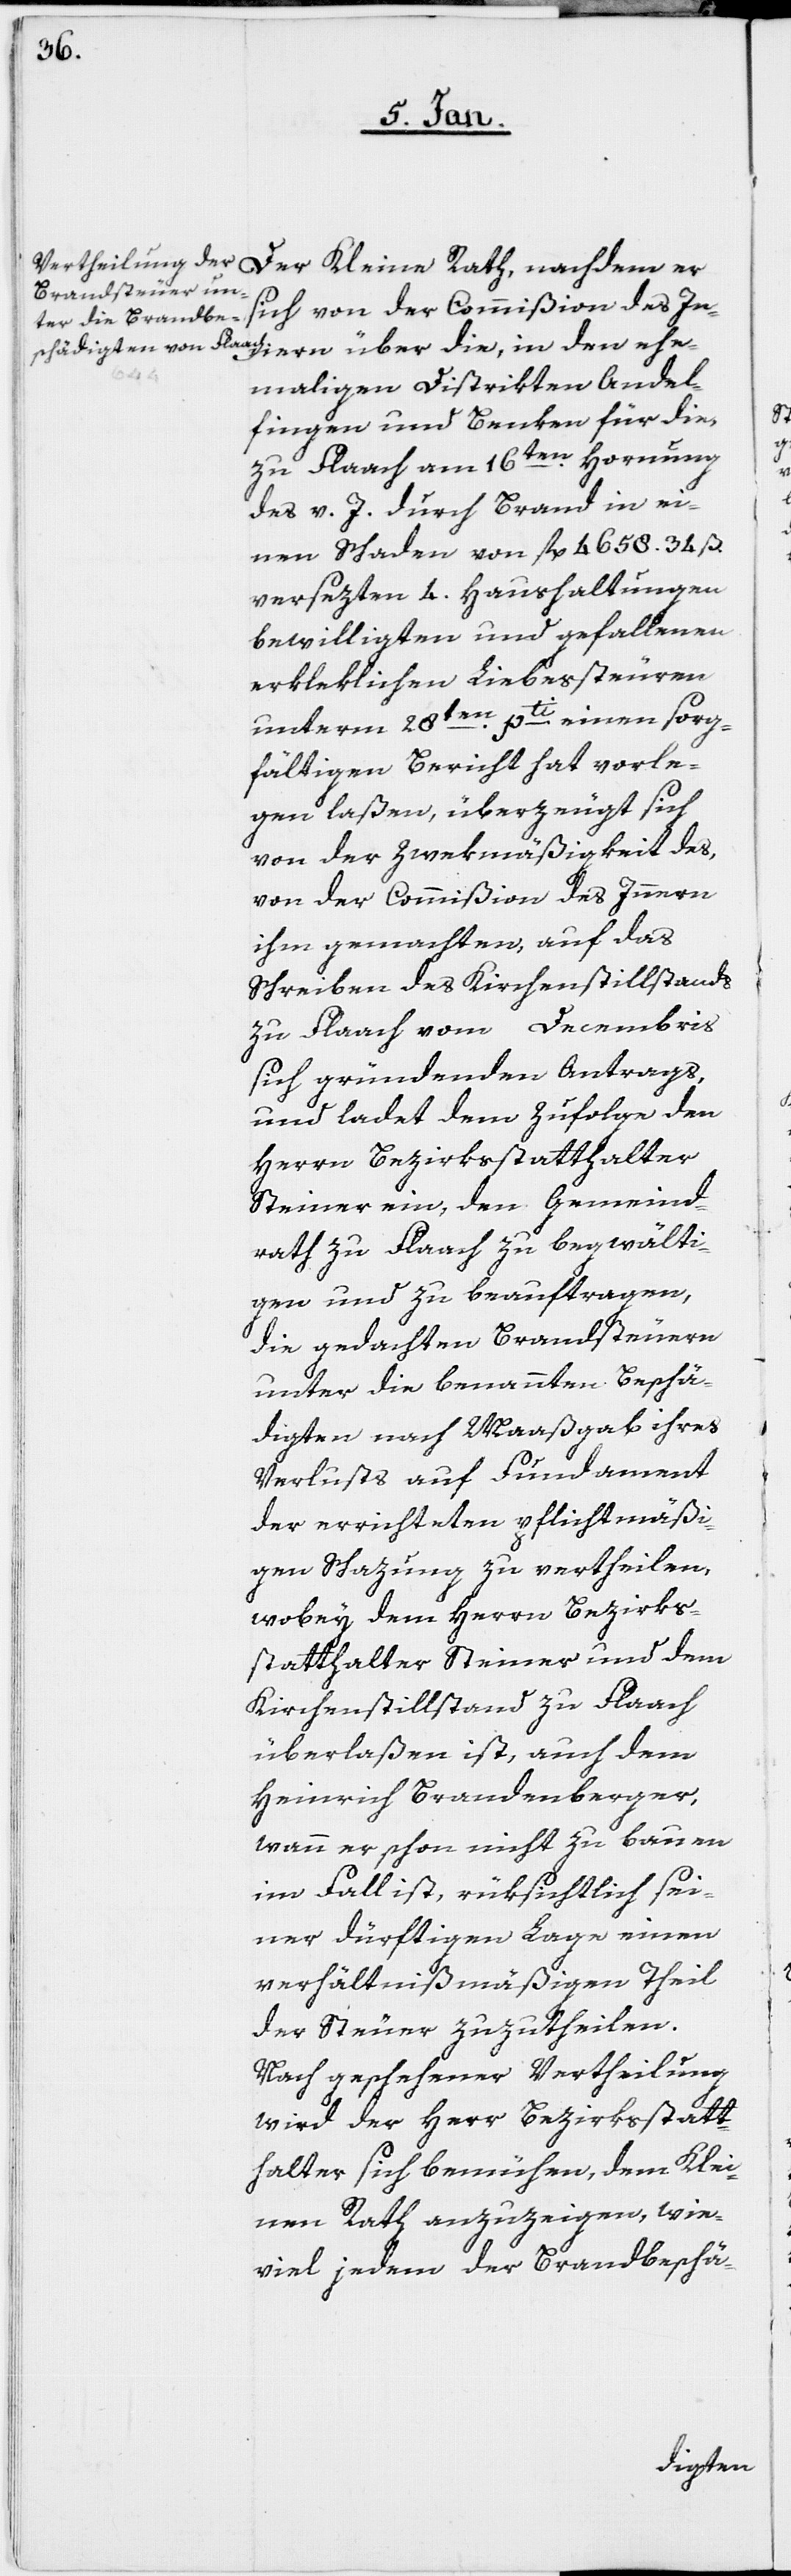
den ehe¬
maligen Distrikten Andel¬
fingen und Benken für die,
zu Flaach am 16ten. Hornung
des v. J. durch Brand in ei¬
nen Schaden von fl. 4658. 34 ß.
versezten 4. Haushaltungen
bewilligten und gefallenen
erkleklichen Liebessteuren
unterm 28sten pti. einen sorg¬
fältigen Bericht hat vorle¬
gen laßen, überzeugt sich
von der Zwekmäßigkeit des,
von der Commißion des Innern
ihm gemachten, auf das
Schreiben des Kirchenstillstands
zu Flaach vom Decembris
sich gründenden Antrags,
und ladet dem Zufolge den
Herrn Bezirksstatthalter
Steiner ein, den Gemeind¬
rath zu Flaach zu begwälti¬
gen und zu beauftragen,
die gedachten Brandsteuern
unter die benannten Beschä¬
digten nach Maaßgab ihres
Verlusts auf Fundament
der errichteten pflichtmäßi¬
gen Schazung zu vertheilen,
wobey dem Herrn Bezirks¬
statthalter Steiner und dem
Kirchenstillstand zu Flaach
überlaßen ist, auch dem
Heinrich Brandenberger,
wenn er schon nicht zu bauen
im Fall ist, rüksichtlich sei¬
ner dürftigen Lage einen
verhältnißmäßigen Theil
der Steuer zuzutheilen.
Nach geschehener Vertheilung
wird der Herr Bezirksstatt¬
halter sich bemühen, dem Klei¬
nen Rath anzuzeigen, wie¬
viel jedem der Brandbeschä-